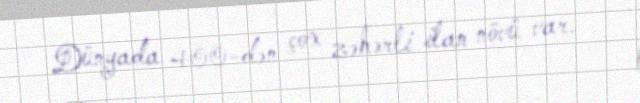
Dünyada 400-dən çox zəhərli ilan növü var.